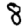
Digit: 8